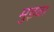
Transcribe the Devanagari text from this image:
मुइवा